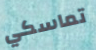
تماسكي